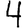
Digit: 4